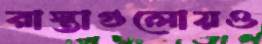
রাস্তাগুলোয়ও